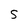
Character: S